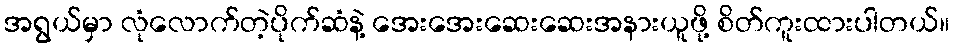
အရွယ်မှာ လုံလောက်တဲ့ပိုက်ဆံနဲ့ အေးအေးဆေးဆေးအနားယူဖို့ စိတ်ကူးထားပါတယ်။